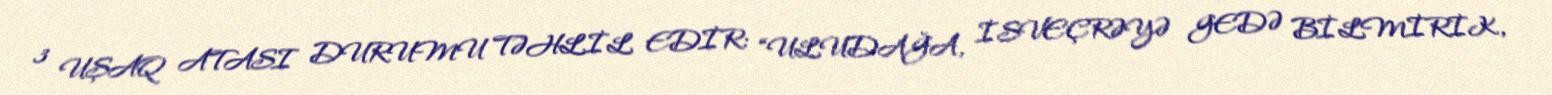
3 UŞAQ ATASI DURUMU TƏHLİL EDİR: “ULUDAĞA, İSVEÇRƏYƏ GEDƏ BİLMİRİK,